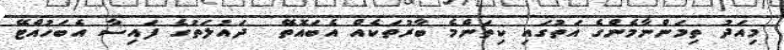
މިއަދު ތިމަންނާމެންގެ އަތުގައި ކިތަންމެ ބާރުތަކެއް އެބައޮތޭ  ދައުލަތުގެ ފައިސާ އެބަހުއްޓޭ